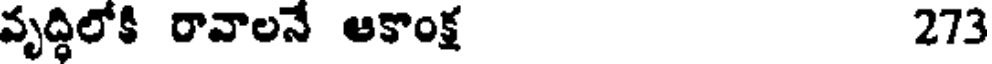
వృద్ధిలోకి రావాలనే ఆకాంక్ష 273